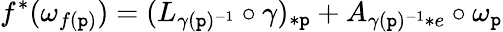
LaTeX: f^{*}(\omega_{f(\mathtt{p})})=(L_{\gamma(\mathtt{p})^{-1}}\circ\gamma)_{*\mathtt{p}}+A_{\gamma(\mathtt{p})^{-1}*e}\circ\omega_{\mathtt{p}}